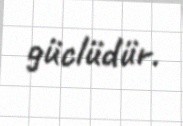
güclüdür.